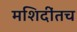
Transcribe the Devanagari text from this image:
मशिदींतच